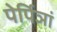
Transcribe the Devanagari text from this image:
पेर्पिञां